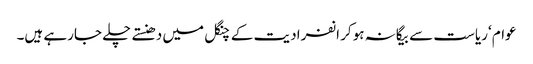
عوام ‘ریاست سے بیگانہ ہوکر انفرادیت کے چنگل میں دھنستے چلے جارہے ہیں۔